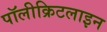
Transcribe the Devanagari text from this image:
पॉलीक्रिटलाइन